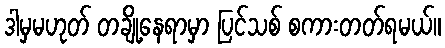
ဒါမှမဟုတ် တချို့နေရာမှာ ပြင်သစ် စကားတတ်ရမယ်။